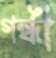
গন্ধী